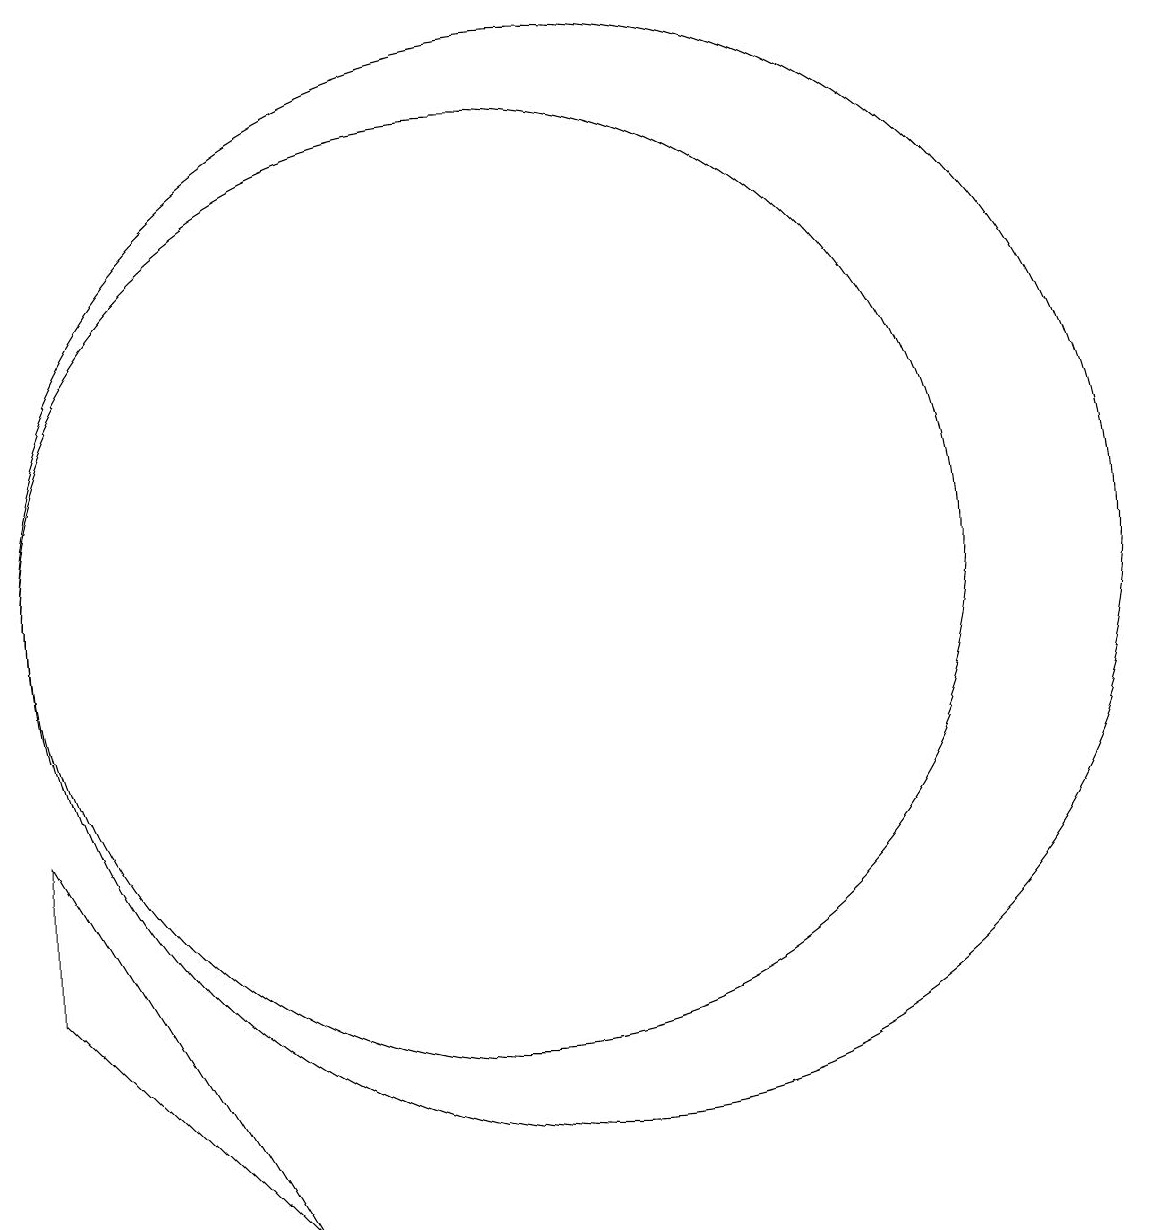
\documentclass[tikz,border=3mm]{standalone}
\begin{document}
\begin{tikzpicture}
\draw (11,10) circle (7);
\draw (4,7) -- (4,5) -- (7,2) -- cycle;
\draw (10,10) circle (6);
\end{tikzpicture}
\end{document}